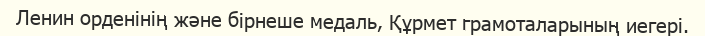
Ленин орденінің және бірнеше медаль, Құрмет грамоталарының иегері.